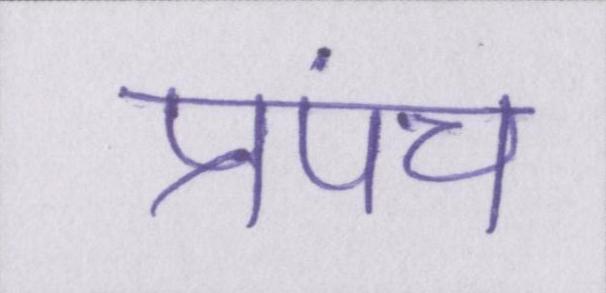
प्रपंच